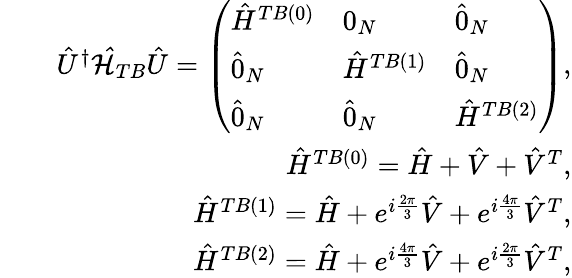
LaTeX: \begin{array}{rlr}&{}&{\hat{U}^{\dagger}\mathcal{\hat{H}}_{TB}\hat{U}=\left(\begin{array}{lll}{\hat{H}^{TB(0)}}&{0_{N}}&{\hat{0}_{N}}\\ {\hat{0}_{N}}&{\hat{H}^{TB(1)}}&{\hat{0}_{N}}\\ {\hat{0}_{N}}&{\hat{0}_{N}}&{\hat{H}^{TB(2)}}\end{array}\right),}\\ &{}&{\hat{H}^{TB(0)}=\hat{H}+\hat{V}+\hat{V}^{T},}\\ &{}&{\hat{H}^{TB(1)}=\hat{H}+e^{i\frac{2\pi}{3}}\hat{V}+e^{i\frac{4\pi}{3}}\hat{V}^{T},}\\ &{}&{\hat{H}^{TB(2)}=\hat{H}+e^{i\frac{4\pi}{3}}\hat{V}+e^{i\frac{2\pi}{3}}\hat{V}^{T},}\end{array}